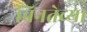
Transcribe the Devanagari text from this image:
विनतेच्या